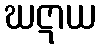
ဃဋာယ